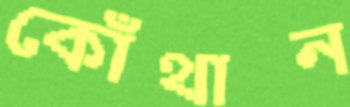
কোঁথান